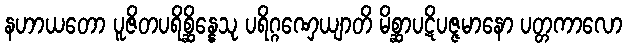
နဟာယတော ပူဇိတပရိစ္ဆိန္နေသု ပရိဂ္ဂဏှေယျာတိ မိစ္ဆာပဋိပဇ္ဇမာနော ပတ္တကာလော